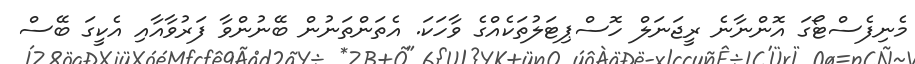
މެނިފެސްޓޯގަ އޮންނާނެ ރީޖަނަލް ހޮސްޕިޓަލުތަކެއްގެ ވާހަކަ. އެތަންތަނުން ބޭނުންވާ ފަރުވާއާއި އެކީގަ ބޭސް